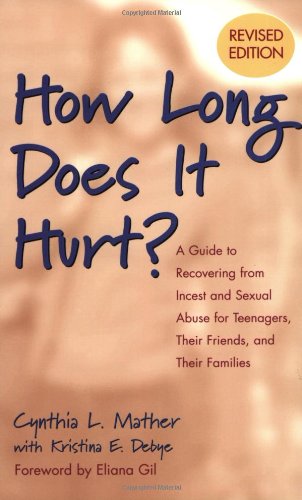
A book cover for How Long Does It Hurt: A Guide to Recovering from Incest and Sexual Abuse for Teenagers, Their Friends, and Their Families; Cynthia L. Mather; Self-Help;